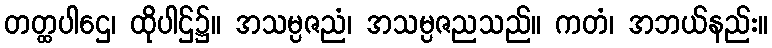
တတ္ထပါဌေ၊ ထိုပါဌ်၌။ အသမ္ပဇညံ၊ အသမ္ပဇညသည်။ ကတံ၊ အဘယ်နည်း။